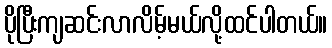
ပိုပြီးကျဆင်းလာလိမ့်မယ်လို့ထင်ပါတယ်။